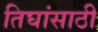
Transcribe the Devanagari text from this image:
तिघांसाठी